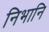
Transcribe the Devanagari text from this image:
निभानि